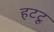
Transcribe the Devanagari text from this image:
हटटू